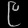
Digit: ၉